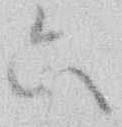
六